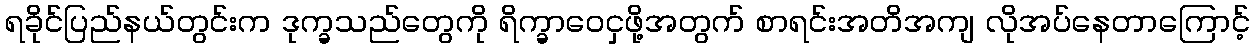
ရခိုင်ပြည်နယ်တွင်းက ဒုက္ခသည်တွေကို ရိက္ခာဝေငှဖို့အတွက် စာရင်းအတိအကျ လိုအပ်နေတာကြောင့်